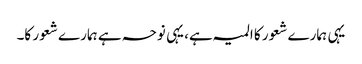
یہی ہمارے شعور کا المیہ ہے، یہی نوحہ ہے ہمارے شعور کا۔